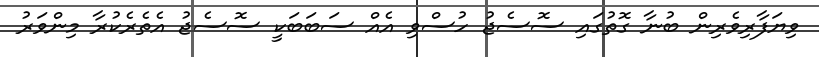
ވިޔަފާރިވެރިން ބުނާ ގޮތުގައި ސޮސެޖު ހުސްވި އެއް ސަބަބަކީ ސޮސެޖު އެތެރެކުރާ މިންވަރު